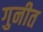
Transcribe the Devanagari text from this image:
गुनीत